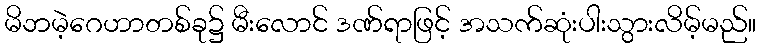
မိဘမဲ့ဂေဟာတစ်ခု၌ မီးလောင် ဒဏ်ရာဖြင့် အသက်ဆုံးပါးသွားလိမ့်မည်။